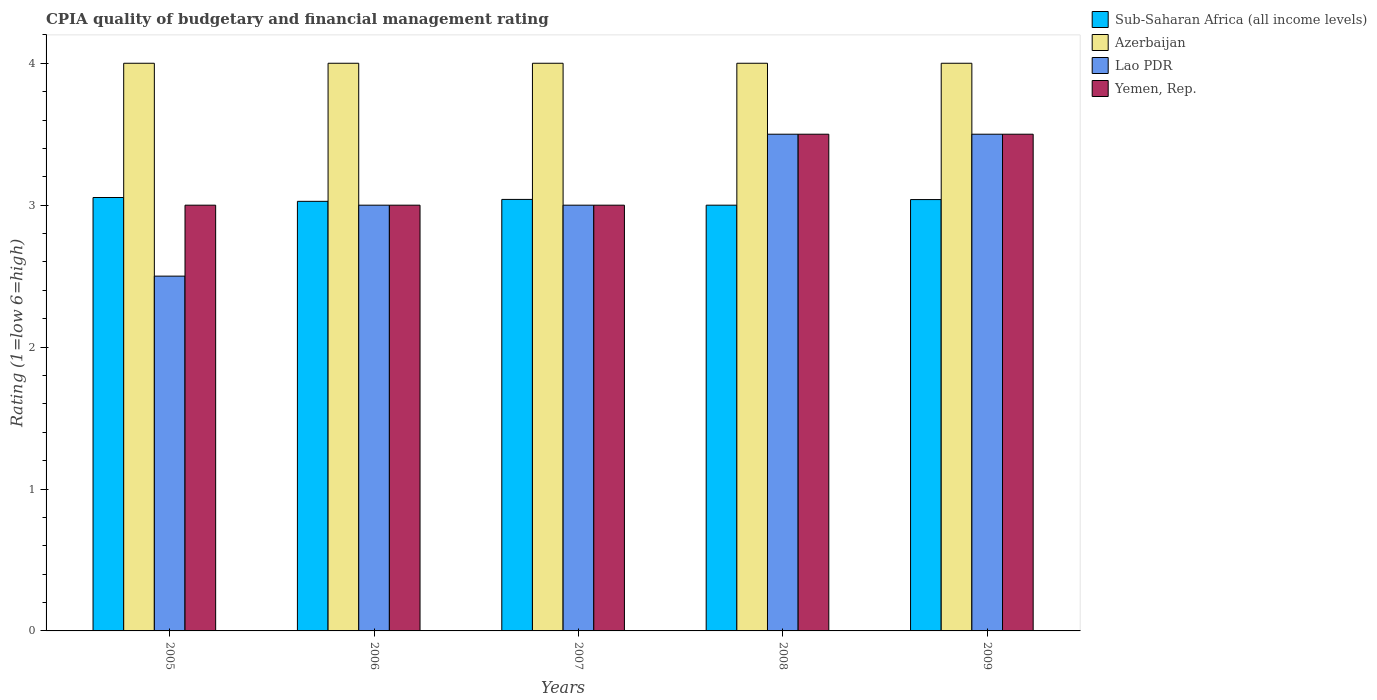
| Years | Sub-Saharan Africa (all income levels) | Azerbaijan | Lao PDR | Yemen, Rep. |
 | --- | --- | --- | --- | --- |
 | 2005 | 3.05 | 4 | 2.5 | 3 |
 | 2006 | 3.03 | 4 | 3 | 3 |
 | 2007 | 3.04 | 4 | 3 | 3 |
 | 2008 | 3 | 4 | 3.5 | 3.5 |
 | 2009 | 3.04 | 4 | 3.5 | 3.5 |